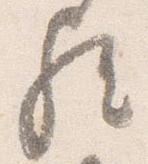
歟